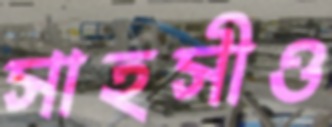
সাহসীও